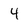
Character: 4